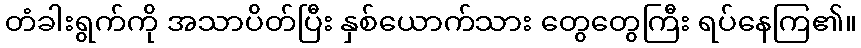
တံခါးရွက်ကို အသာပိတ်ပြီး နှစ်ယောက်သား တွေတွေကြီး ရပ်နေကြ၏။